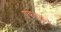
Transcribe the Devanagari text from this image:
एकत्रकर